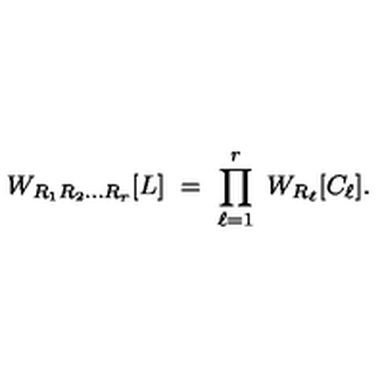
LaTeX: W _ { R _ { 1 } R _ { 2 } \ldots R _ { r } } [ L ] \ = \ \prod _ { \ell = 1 } ^ { r } \ W _ { R _ { \ell } } [ C _ { \ell } ] .